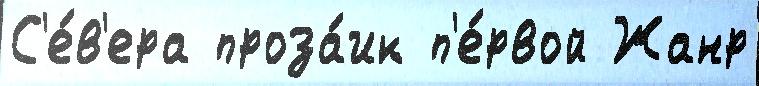
С'е́в'ера проза́ик п'е́рвой Жанр